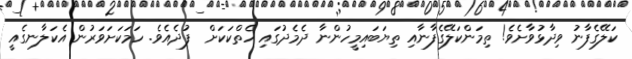
ކަލޭގެފާނު ވިދާޅުވާށެވެ! ތިމަންކަލޭގެފާނާއި ތިޔަބައިމީހުންނާ ދެމެދުގައި ހެތްކަކަށް  ފުދެއެވެ. ހަމަކަށަވަރުން އެކަލާނގެއީ